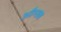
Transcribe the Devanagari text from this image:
औग्सब